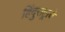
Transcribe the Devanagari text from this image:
हिंदुराष्ट्राचे